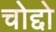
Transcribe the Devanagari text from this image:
चोद्दो